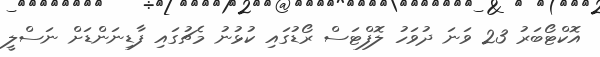
އޮކްޓޯބަރު 23 ވަނަ ދުވަހު ލޮފްޓަސް ރޯޑުގައި ކުޅުނު މެޗުގައި ފާޑިނަންޑަށް ނަސްލީ